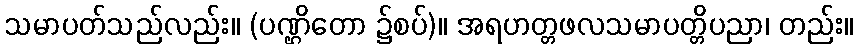
သမာပတ်သည်လည်း။ (ပဏ္ဌိတော ၌စပ်)။ အရဟတ္တဖလသမာပတ္တိပညာ၊ တည်း။